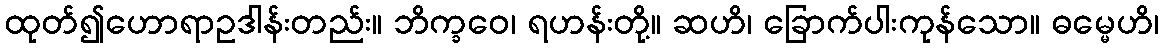
ထုတ်၍ဟောရာဥဒါန်းတည်း။ ဘိက္ခဝေ၊ ရဟန်းတို့။ ဆဟိ၊ ခြောက်ပါးကုန်သော။ ဓမ္မေဟိ၊